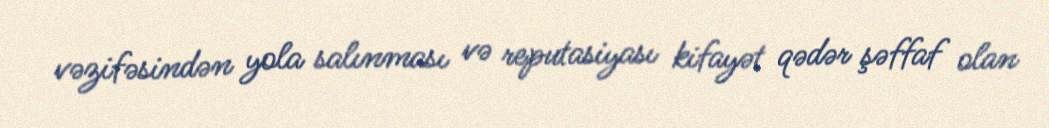
vəzifəsindən yola salınması və reputasiyası kifayət qədər şəffaf olan